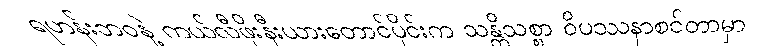
ရဟန်းဘဝနဲ့ ကယ်လီဖိုးနီးယားတောင်ပိုင်းက သန္တိသစ္စာ ဝိပဿနာစင်တာမှာ